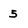
Character: 5